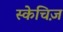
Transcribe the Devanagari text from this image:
स्केचिज़